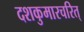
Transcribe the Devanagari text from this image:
दशकुमारचरित्‌